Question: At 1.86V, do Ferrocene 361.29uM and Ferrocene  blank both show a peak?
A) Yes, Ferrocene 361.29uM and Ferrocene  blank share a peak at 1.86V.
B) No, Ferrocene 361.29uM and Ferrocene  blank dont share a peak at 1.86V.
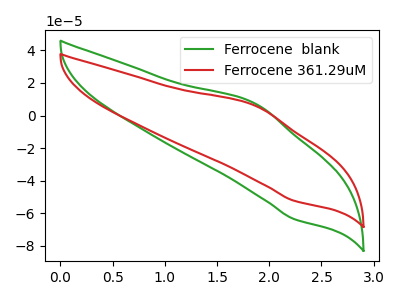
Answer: <think>The green curve "Ferrocene  blank" has an anodic peak at (1.85V, 7.50uA) and a cathodic peak at (2.25V, -63.45uA). The red curve "Ferrocene 361.29uM" has an anodic peak at (1.85V, 6.15uA) and a cathodic peak at (2.25V, -52.25uA).</think>
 <answer>A) Yes, "Ferrocene 361.29uM" and "Ferrocene  blank" share a peak at 1.86V.</answer>
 <eval>A</eval>